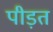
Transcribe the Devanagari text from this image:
पीड़त